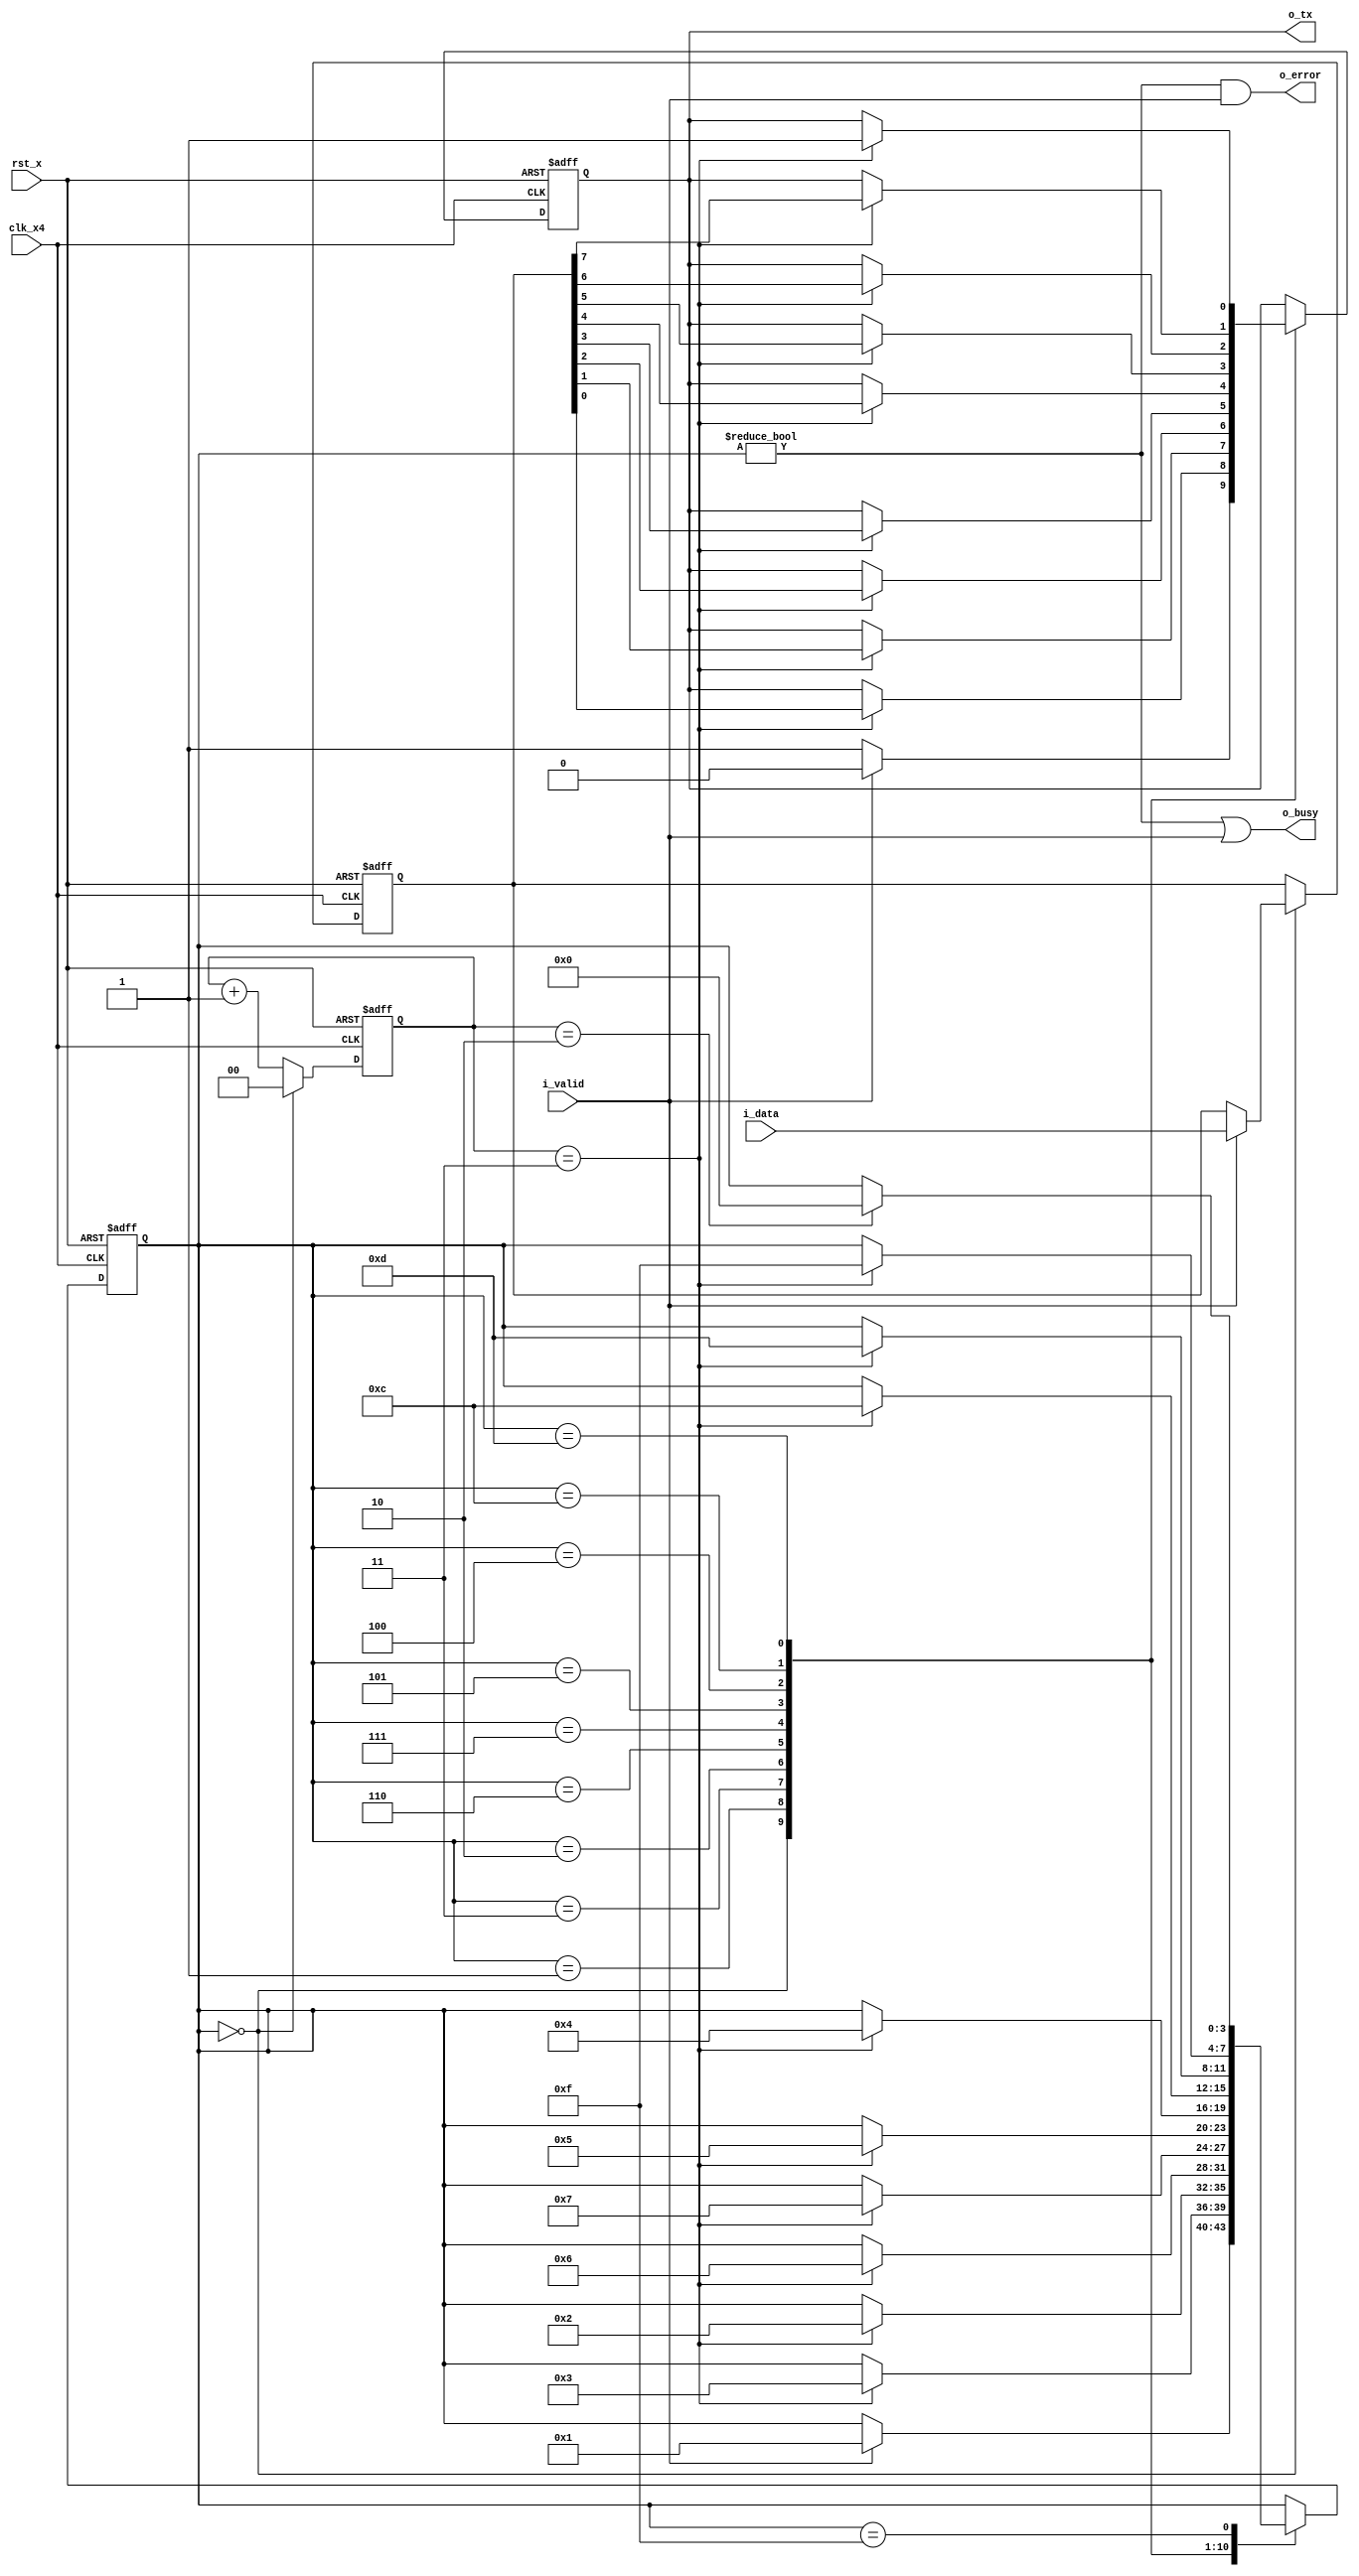
module SerialTransmitter(
    clk_x4,
    rst_x,
    i_data,
    i_valid,
    o_tx,
    o_busy,
    o_error);
  input        clk_x4;
  input        rst_x;
  input  [7:0] i_data;
  input        i_valid;

  output       o_tx;
  output       o_busy;
  output       o_error;

  reg          r_tx;
  reg    [1:0] r_phase;
  reg    [3:0] r_state;
  reg    [7:0] r_data;

  wire         w_phase_next;
  wire         w_phase_shift;

  localparam S_IDLE  = 4'b0000;
  localparam S_START = 4'b0001;
  localparam S_BIT0  = 4'b0011;
  localparam S_BIT1  = 4'b0010;
  localparam S_BIT2  = 4'b0110;
  localparam S_BIT3  = 4'b0111;
  localparam S_BIT4  = 4'b0101;
  localparam S_BIT5  = 4'b0100;
  localparam S_BIT6  = 4'b1100;
  localparam S_BIT7  = 4'b1101;
  localparam S_STOP  = 4'b1111;

  assign w_phase_next  = r_phase == 2'b10;
  assign w_phase_shift = r_phase == 2'b11;

  assign o_tx          = r_tx;
  assign o_busy        = (r_state != S_IDLE) | i_valid;
  assign o_error       = (r_state != S_IDLE) & i_valid;

  always @ (posedge clk_x4 or negedge rst_x) begin
    if (!rst_x) begin
      r_phase <= 2'b00;
    end else begin
      if (r_state == S_IDLE) begin
        r_phase <= 2'b00;
      end else begin
        r_phase <= r_phase + 2'b01;
      end
    end  // else (!rst_x)
  end  // always @ (posedge clk_x4 or negedge rst_x)

  always @ (posedge clk_x4 or negedge rst_x) begin
    if (!rst_x) begin
      r_state <= S_IDLE;
      r_data  <= 8'h00;
      r_tx    <= 1'b1;
    end else begin
      case (r_state)
        S_IDLE: begin
          if (i_valid == 1'b1) begin
            r_data  <= i_data;
            r_state <= S_START;
            r_tx    <= 1'b0;
          end else if (r_tx == 1'b0) begin
            r_tx    <= 1'b1;
          end
        end  // S_IDLE
        S_START: begin
          if (w_phase_shift) begin
            r_state <= S_BIT0;
            r_tx    <= r_data[0];
          end
        end  // S_START
        S_BIT0: begin
          if (w_phase_shift) begin
            r_state <= S_BIT1;
            r_tx    <= r_data[1];
          end
        end  // S_BIT0
        S_BIT1: begin
          if (w_phase_shift) begin
            r_state <= S_BIT2;
            r_tx    <= r_data[2];
          end
        end  // S_BIT1
        S_BIT2: begin
          if (w_phase_shift) begin
            r_state <= S_BIT3;
            r_tx    <= r_data[3];
          end
        end  // S_BIT2
        S_BIT3: begin
          if (w_phase_shift) begin
            r_state <= S_BIT4;
            r_tx    <= r_data[4];
          end
        end  // S_BIT3
        S_BIT4: begin
          if (w_phase_shift) begin
            r_state <= S_BIT5;
            r_tx    <= r_data[5];
          end
        end  // S_BIT4
        S_BIT5: begin
          if (w_phase_shift) begin
            r_state <= S_BIT6;
            r_tx    <= r_data[6];
          end
        end  // S_BIT5
        S_BIT6: begin
          if (w_phase_shift) begin
            r_state <= S_BIT7;
            r_tx    <= r_data[7];
          end
        end  // S_BIT6
        S_BIT7: begin
          if (w_phase_shift) begin
            r_state <= S_STOP;
            r_tx    <= 1'b1;
          end
        end  // S_BIT7
        S_STOP: begin
          if (w_phase_next) begin
            r_state <= S_IDLE;
          end
        end  // S_STOP
      endcase // case (r_state)
    end  // else (!rst_x)
  end  // always @ (posedge clk_x4 or negedge rst_x)
endmodule